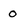
Character: 0